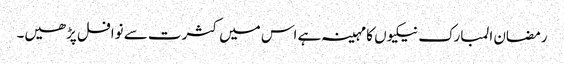
رمضان المبارک نیکیوں کا مہینہ ہے اس میں کثرت سے نوافل پڑھیں۔